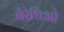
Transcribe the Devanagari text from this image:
बैरेचिओ